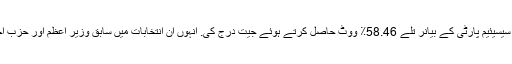
انہوں تنزانیہ میں ہوئے صدارتی انتخابات میں سيسيئیم پارٹی کے بیانر تلے 58.46٪ ووٹ حاصل کرتے ہوئے جیت درج کی. انہوں ان انتخابات میں سابق وزیر اعظم اور حزب اختلاف کے رہنما ایڈورڈ لوواسا کو شکست دی۔